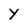
Character: Y